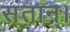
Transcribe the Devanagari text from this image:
संतान्।